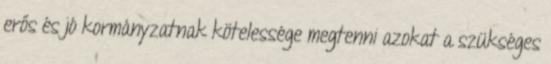
erős és jó kormányzatnak kötelessége megtenni azokat a szükséges